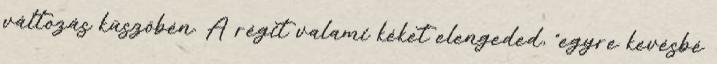
változás küszöbén. A régit valami kéket elengeded, “egyre kevésbé